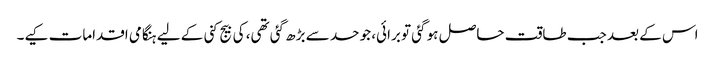
اس کے بعد جب طاقت حاصل ہو گئی تو برائی، جو حد سے بڑھ گئی تھی، کی بیج کنی کے لیے ہنگامی اقدامات کیے۔